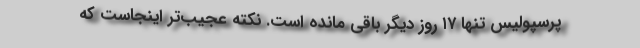
پرسپولیس تنها ۱۷ روز دیگر باقی‌ مانده است. نکته عجیب‌تر‌ اینجاست که